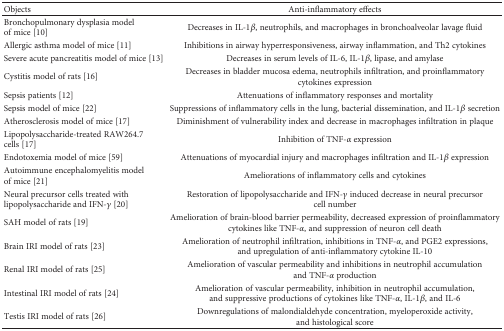
<table><thead><tr><td><b>Objects</b></td><td><b>Anti-inflammatory effects</b></td></tr></thead><tbody><tr><td>Bronchopulmonary dysplasia model of mice [10]</td><td>Decreases in IL-1<i>β</i>, neutrophils, and macrophages in bronchoalveolar lavage fluid</td></tr><tr><td>Allergic asthma model of mice [11]</td><td>Inhibitions in airway hyperresponsiveness, airway inflammation, and Th2 cytokines</td></tr><tr><td>Severe acute pancreatitis model of mice [13]</td><td>Decreases in serum levels of IL-6, IL-1<i>β</i>, lipase, and amylase</td></tr><tr><td>Cystitis model of rats [16]</td><td>Decreases in bladder mucosa edema, neutrophils infiltration, and proinflammatory cytokines expression</td></tr><tr><td>Sepsis patients [12]</td><td>Attenuations of inflammatory responses and mortality</td></tr><tr><td>Sepsis model of mice [22]</td><td>Suppressions of inflammatory cells in the lung, bacterial dissemination, and IL-1<i>β</i> secretion</td></tr><tr><td>Atherosclerosis model of mice [17]</td><td>Diminishment of vulnerability index and decrease in macrophages infiltration in plaque</td></tr><tr><td>Lipopolysaccharide-treated RAW264.7 cells [17]</td><td>Inhibition of TNF-<i>α</i> expression</td></tr><tr><td>Endotoxemia model of mice [59]</td><td>Attenuations of myocardial injury and macrophages infiltration and IL-1<i>β</i> expression</td></tr><tr><td>Autoimmune encephalomyelitis model of mice [21]</td><td>Ameliorations of inflammatory cells and cytokines</td></tr><tr><td>Neural precursor cells treated with lipopolysaccharide and IFN-<i>γ</i> [20]</td><td>Restoration of lipopolysaccharide and IFN-<i>γ</i> induced decrease in neural precursor cell number</td></tr><tr><td>SAH model of rats [19]</td><td>Amelioration of brain-blood barrier permeability, decreased expression of proinflammatory cytokines like TNF-<i>α</i>, and suppression of neuron cell death</td></tr><tr><td>Brain IRI model of rats [23]</td><td>Amelioration of neutrophil infiltration, inhibitions in TNF-<i>α</i>, and PGE2 expressions, and upregulation of anti-inflammatory cytokine IL-10</td></tr><tr><td>Renal IRI model of rats [25]</td><td>Amelioration of vascular permeability and inhibitions in neutrophil accumulation and TNF-<i>α</i> production</td></tr><tr><td>Intestinal IRI model of rats [24]</td><td>Amelioration of vascular permeability, inhibition in neutrophil accumulation, and suppressive productions of cytokines like TNF-<i>α</i>, IL-1<i>β</i>, and IL-6</td></tr><tr><td>Testis IRI model of rats [26]</td><td>Downregulations of malondialdehyde concentration, myeloperoxide activity, and histological score</td></tr></tbody></table>